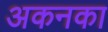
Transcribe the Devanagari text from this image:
अकनका